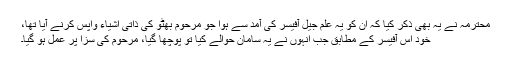
محترمہ نے یہ بھی ذکر کیا کہ ان کو یہ علم جیل آفیسر کی آمد سے ہوا جو مرحوم بھٹو کی ذاتی اشیاء واپس کرنے آیا تھا،
خود اس آفیسر کے مطابق جب انہوں نے یہ سامان حوالے کیا تو پوچھا گیا، مرحوم کی سزا پر عمل ہو گیا۔